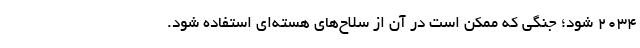
۲۰۳۴ شود؛ جنگی که ممکن است در آن از سلاح‌های هسته‌ای استفاده شود.